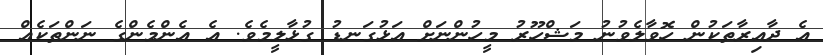
އެ ދާއިރާތަކުން ހޮވާލެވުނު މަޝްހޫރު މީހުންނަށް އަޅުގަނޑު ގުޅާލީމެވެ. އެ އެންމެންގެ ނަންތަކެއް